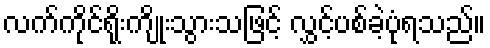
လက်ကိုင်ရိုးကျိုးသွားသဖြင့် လွှင့်ပစ်ခဲ့ပုံရသည်။